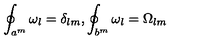
\oint _ { a ^ { m } } \omega _ { l } = \delta _ { l m } , \oint _ { b ^ { m } } \omega _ { l } = \Omega _ { l m }